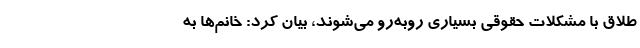
طلاق با مشکلات حقوقی بسیاری روبه‌رو می‌شوند، بیان کرد: خانم‌ها به